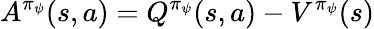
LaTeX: A^{\pi_{\psi}}(s,a)=Q^{\pi_{\psi}}(s,a)-V^{\pi_{\psi}}(s)